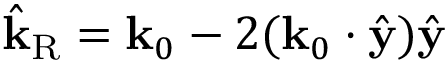
\hat { \mathbf { k } } _ { \mathrm { R } } = \mathbf { k } _ { 0 } - 2 ( \mathbf { k } _ { 0 } \cdot \hat { \mathbf { y } } ) \hat { \mathbf { y } }